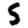
Digit: 5